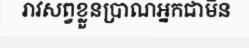
រាវសព្វខ្លួនប្រាណអ្នកជាមិន